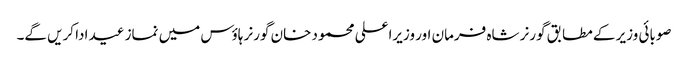
صوبائی وزیر کے مطابق گورنر شاہ فرمان اور وزیراعلی محمود خان گورنر ہاؤس میں نماز عید ادا کریں گے۔